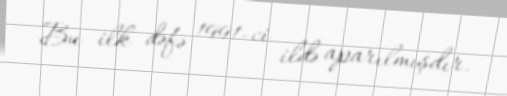
Bu ilk dəfə 1991-ci ildə aparılmışdır.